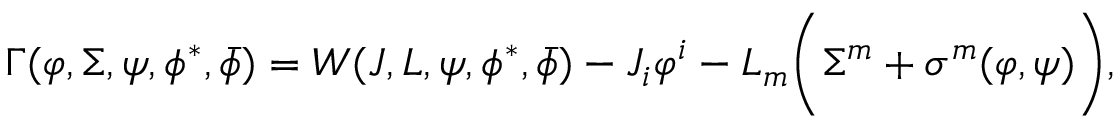
\Gamma ( \varphi , \Sigma , \psi , \phi ^ { * } , \bar { \phi } ) = { \cal W } ( { \cal J } , L , \psi , \phi ^ { * } , \bar { \phi } ) - { \cal J } _ { i } \varphi ^ { i } - L _ { m } \bigg ( \Sigma ^ { m } + \sigma ^ { m } ( \varphi , \psi ) \bigg ) ,